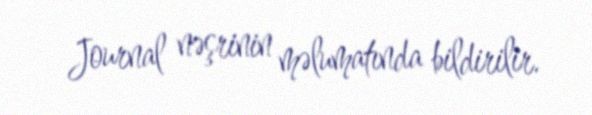
Journal nəşrinin məlumatında bildirilir.